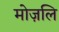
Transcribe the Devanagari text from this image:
मोज़लि